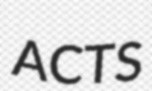
ACTS